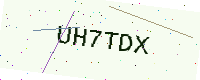
Text: UH7TDX